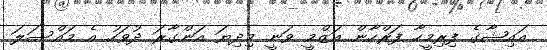
އައިޝާގެ ފިރިމީހާ ފަރްހާން އަޒްމީ ވަނީ މިދިޔަ އަންގާރަ ދުވަހު އެ މައްސަލަ